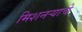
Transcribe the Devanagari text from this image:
मिशनर्‍याचे